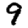
Digit: 9